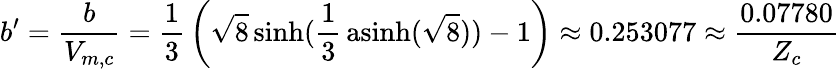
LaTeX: b^{\prime}={\frac{b}{V_{m,c}}}={\frac{1}{3}}\left({\sqrt{8}}\sinh({\frac{1}{3}}\operatorname{asinh}({\sqrt{8}}))-1\right)\approx 0.253077\approx{\frac{0.07780}{Z_{c}}}